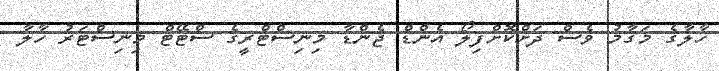
ހާލާގެ މަގާމު ވެސް ދަށްކޮށްފިލޯ އެންޑް ޖެންޑާ މިނިސްޓްރީގެ ސްޓޭޓް މިނިސްޓަރު ހާލާ